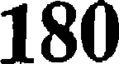
180